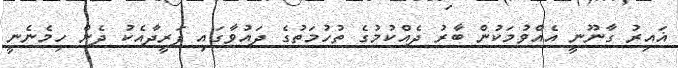
ޣައިރު ގާނޫނީ އެއްވުމަކުން ބާރު ދެއްކުމުގެ ތުހުމަތުގެ ދައުވާގައި ފަރީދާއެކު ދެން ހިމެނެނީ